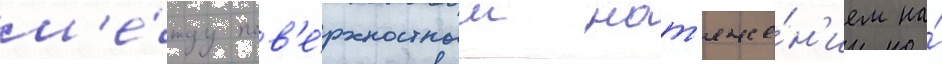
м'е́жду пов'е́рхностным нат'яже́н'ием на́